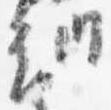
納